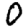
Digit: 0